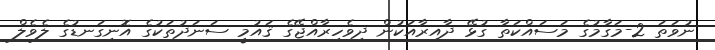
ނުވަތަ 2-މަގާމުގެ މަސައްކަތާ ގުޅޭ ދާއިރާއަކުން ދިވެހިރާއްޖޭގެ ޤައުމީ ސަނަދުތަކުގެ އޮނިގަނޑުގެ ލެވެލް